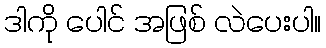
ဒါကို ပေါင် အဖြစ် လဲပေးပါ။